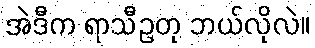
အဲဒီက ရာသီဥတု ဘယ်လိုလဲ။